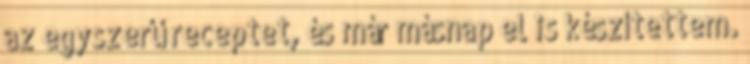
az egyszerű receptet, és már másnap el is készítettem.